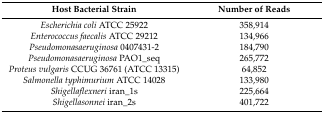
<table><thead><tr><td><b>Host Bacterial Strain</b></td><td><b>Number of Reads</b></td></tr></thead><tbody><tr><td><i>Escherichia coli</i> ATCC 25922</td><td>358,914</td></tr><tr><td><i>Enterococcus faecalis</i> ATCC 29212</td><td>134,966</td></tr><tr><td><i>Pseudomonasaeruginosa</i> 0407431-2</td><td>184,790</td></tr><tr><td><i>Pseudomonasaeruginosa</i> PAO1_seq</td><td>265,772</td></tr><tr><td><i>Proteus vulgaris</i> CCUG 36761 (ATCC 13315)</td><td>64,852</td></tr><tr><td><i>Salmonella typhimurium</i> ATCC 14028</td><td>133,980</td></tr><tr><td><i>Shigellaflexneri</i> iran_1s</td><td>225,664</td></tr><tr><td><i>Shigellasonnei</i> iran_2s</td><td>401,722</td></tr></tbody></table>